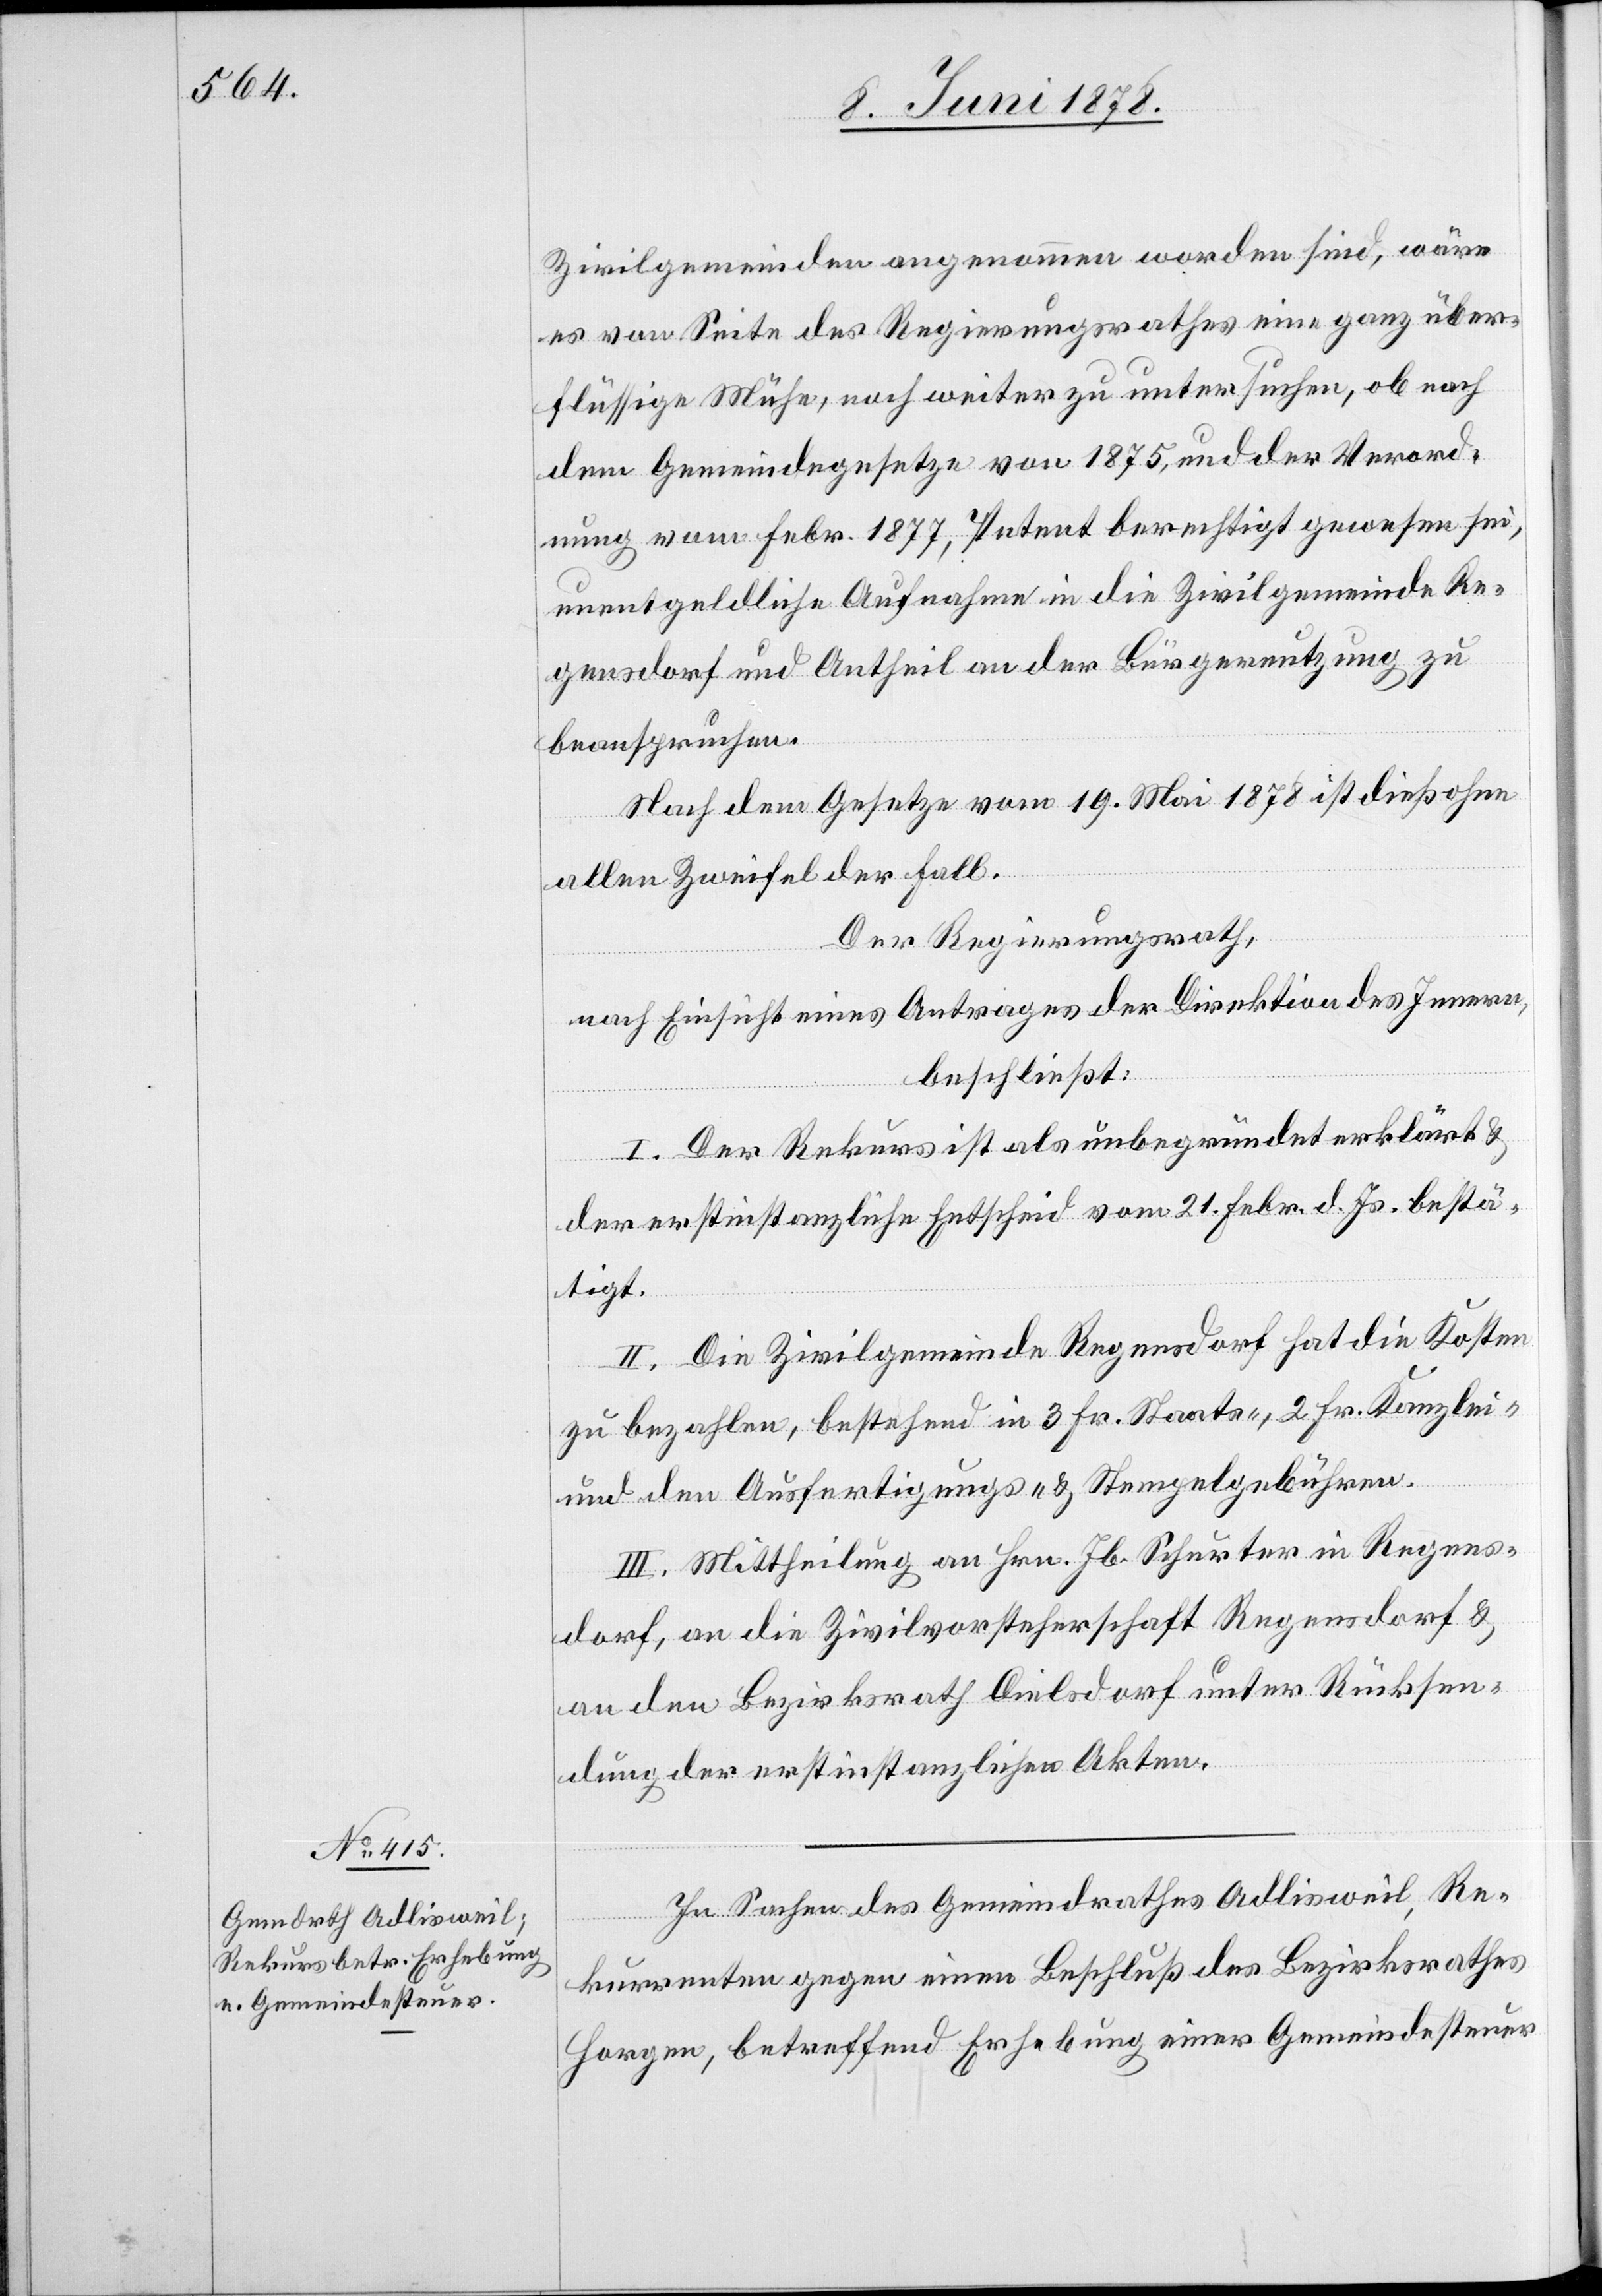
Zivilgemeinden angenommen worden sind, wäre
es von Seite des Regierungsrathes eine ganz über¬
flüssige Mühe, noch weiter zu untersuchen, ob nach
dem Gemeindegesetze von 1875, und der Verord¬
nung vom Febr. 1877, Petent berechtigt gewesen sei,
unentgeldliche Aufnahme in die Zivilgemeinde Re¬
gensdorf und Antheil an der Bürgernutzung zu
beanspruchen.
Nach dem Gesetze vom 19. Mai 1878 ist dieß ohne
allen Zweifel der Fall.
Der Regierungsrath,
nach Einsicht eines Antrages der Direktion des Innern,
beschließt:
I. Der Rekurs ist als unbegründet erklärt &
der erstinstanzliche Entscheid vom 21. Febr. d. Js. bestä¬
tigt.
II. Die Zivilgemeinde Regensdorf hat die Kosten
zu bezahlen, bestehend in 3 Fr. Staats-, 2 Fr. Kanzlei-
und den Ausfertigungs- & Stempelgebühren.
III. Mittheilung an Hrn. Jb. Schurter in Regens¬
dorf, an die Zivilvorsteherschaft Regensdorf &
an den Bezirksrath Dielsdorf unter Rücksen¬
dung der erstinstanzlichen Akten.